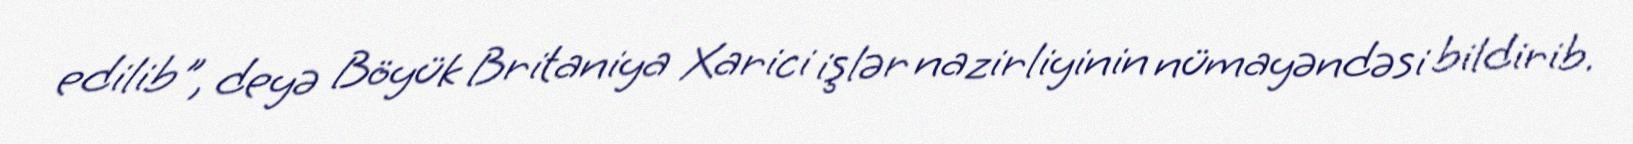
edilib", deyə Böyük Britaniya Xarici işlər nazirliyinin nümayəndəsi bildirib.